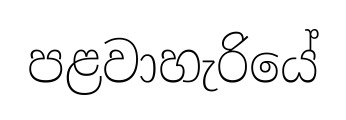
පළවාහැරියේ